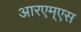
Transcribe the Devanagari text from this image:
आरएम्एस